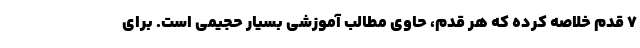
۷ قدم خلاصه کرده که هر قدم، حاوی مطالب آموزشی بسیار حجیمی است. برای